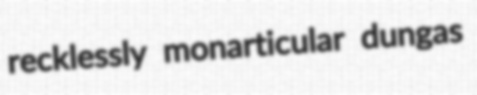
recklessly monarticular dungas